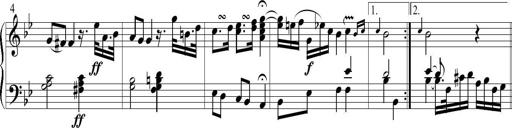
Title: 6 Leichte Sonatinen, Teil 1
Composer: F. Sigismund Sander